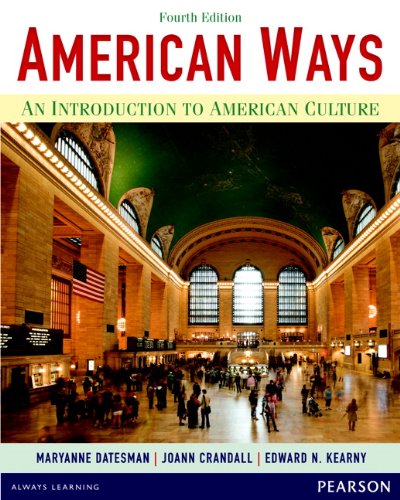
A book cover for American Ways: An Introduction to American Culture (4th Edition); Maryanne Datesman; Reference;